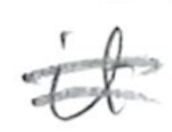
Text: it
Cross-out: double-line
Writing tool: pencil